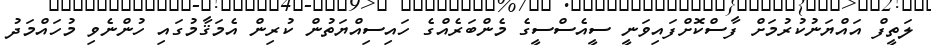
ލަތީފް އައްޔަނުކުރުމަށް ފާސްކޮށްފައިވަނީ ސީއެސްސީގެ މެންބަރެއްގެ ހައިސިއްޔަތުން ކުރިން އެމަޤާމުގައި ހުންނެވި މުހައްމަދު